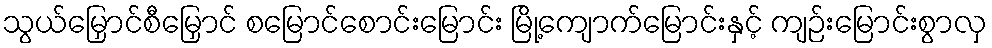
သွယ်မြှောင်စီမြှောင် စမြောင်စောင်းမြောင်း မြို့ကျောက်မြောင်းနှင့် ကျဉ်းမြောင်းစွာလှ